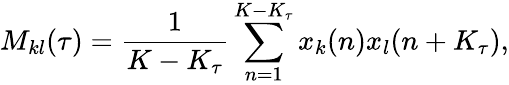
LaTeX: M_{kl}(\tau)=\frac{1}{K-K_{\tau}}\sum_{n=1}^{K-K_{\tau}}x_{k}(n)x_{l}(n+K_{\tau}),